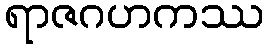
ရာဇဂဟကဿ